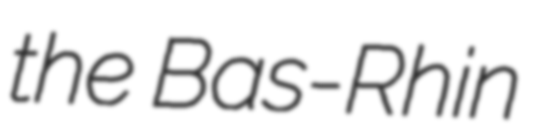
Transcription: the Bas-Rhin